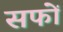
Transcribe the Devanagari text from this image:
सफों